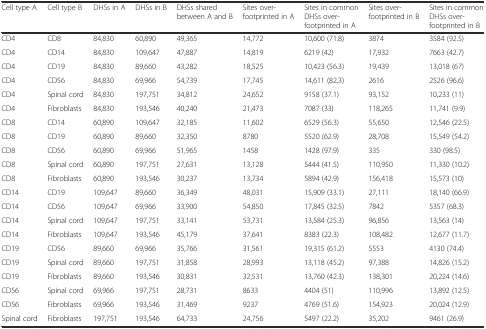
<table><thead><tr><td><b>Cell type A</b></td><td><b>Cell type B</b></td><td><b>DHSs in A</b></td><td><b>DHSs in B</b></td><td><b>DHSs shared between A and B</b></td><td><b>Sites over-footprinted in A</b></td><td><b>Sites in common DHSs over-footprinted in A</b></td><td><b>Sites over-footprinted in B</b></td><td><b>Sites in common DHSs over-footprinted in B</b></td></tr></thead><tbody><tr><td>CD4</td><td>CD8</td><td>84,830</td><td>60,890</td><td>49,365</td><td>14,772</td><td>10,600 (71.8)</td><td>3874</td><td>3584 (92.5)</td></tr><tr><td>CD4</td><td>CD14</td><td>84,830</td><td>109,647</td><td>47,887</td><td>14,819</td><td>6219 (42)</td><td>17,932</td><td>7663 (42.7)</td></tr><tr><td>CD4</td><td>CD19</td><td>84,830</td><td>89,660</td><td>43,282</td><td>18,525</td><td>10,423 (56.3)</td><td>19,439</td><td>13,018 (67)</td></tr><tr><td>CD4</td><td>CD56</td><td>84,830</td><td>69,966</td><td>54,739</td><td>17,745</td><td>14,611 (82.3)</td><td>2616</td><td>2526 (96.6)</td></tr><tr><td>CD4</td><td>Spinal cord</td><td>84,830</td><td>197,751</td><td>34,812</td><td>24,652</td><td>9158 (37.1)</td><td>93,152</td><td>10,233 (11)</td></tr><tr><td>CD4</td><td>Fibroblasts</td><td>84,830</td><td>193,546</td><td>40,240</td><td>21,473</td><td>7087 (33)</td><td>118,265</td><td>11,741 (9.9)</td></tr><tr><td>CD8</td><td>CD14</td><td>60,890</td><td>109,647</td><td>32,185</td><td>11,602</td><td>6529 (56.3)</td><td>55,650</td><td>12,546 (22.5)</td></tr><tr><td>CD8</td><td>CD19</td><td>60,890</td><td>89,660</td><td>32,350</td><td>8780</td><td>5520 (62.9)</td><td>28,708</td><td>15,549 (54.2)</td></tr><tr><td>CD8</td><td>CD56</td><td>60,890</td><td>69,966</td><td>51,965</td><td>1458</td><td>1428 (97.9)</td><td>335</td><td>330 (98.5)</td></tr><tr><td>CD8</td><td>Spinal cord</td><td>60,890</td><td>197,751</td><td>27,631</td><td>13,128</td><td>5444 (41.5)</td><td>110,950</td><td>11,330 (10.2)</td></tr><tr><td>CD8</td><td>Fibroblasts</td><td>60,890</td><td>193,546</td><td>30,237</td><td>13,734</td><td>5894 (42.9)</td><td>156,418</td><td>15,573 (10)</td></tr><tr><td>CD14</td><td>CD19</td><td>109,647</td><td>89,660</td><td>36,349</td><td>48,031</td><td>15,909 (33.1)</td><td>27,111</td><td>18,140 (66.9)</td></tr><tr><td>CD14</td><td>CD56</td><td>109,647</td><td>69,966</td><td>33,900</td><td>54,850</td><td>17,845 (32.5)</td><td>7842</td><td>5357 (68.3)</td></tr><tr><td>CD14</td><td>Spinal cord</td><td>109,647</td><td>197,751</td><td>33,141</td><td>53,731</td><td>13,584 (25.3)</td><td>96,856</td><td>13,563 (14)</td></tr><tr><td>CD14</td><td>Fibroblasts</td><td>109,647</td><td>193,546</td><td>45,179</td><td>37,641</td><td>8383 (22.3)</td><td>108,482</td><td>12,677 (11.7)</td></tr><tr><td>CD19</td><td>CD56</td><td>89,660</td><td>69,966</td><td>35,766</td><td>31,561</td><td>19,315 (61.2)</td><td>5553</td><td>4130 (74.4)</td></tr><tr><td>CD19</td><td>Spinal cord</td><td>89,660</td><td>197,751</td><td>31,858</td><td>28,993</td><td>13,118 (45.2)</td><td>97,388</td><td>14,826 (15.2)</td></tr><tr><td>CD19</td><td>Fibroblasts</td><td>89,660</td><td>193,546</td><td>30,831</td><td>32,531</td><td>13,760 (42.3)</td><td>138,301</td><td>20,224 (14.6)</td></tr><tr><td>CD56</td><td>Spinal cord</td><td>69,966</td><td>197,751</td><td>28,731</td><td>8633</td><td>4404 (51)</td><td>110,996</td><td>13,892 (12.5)</td></tr><tr><td>CD56</td><td>Fibroblasts</td><td>69,966</td><td>193,546</td><td>31,469</td><td>9237</td><td>4769 (51.6)</td><td>154,923</td><td>20,024 (12.9)</td></tr><tr><td>Spinal cord</td><td>Fibroblasts</td><td>197,751</td><td>193,546</td><td>64,733</td><td>24,756</td><td>5497 (22.2)</td><td>35,202</td><td>9461 (26.9)</td></tr></tbody></table>